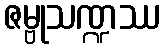
ဇမ္ဗုသဏ္ဍဿ